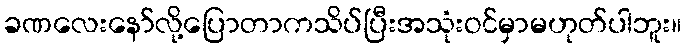
ခဏလေးနော်လို့ပြောတာကသိပ်ပြီးအသုံးဝင်မှာမဟုတ်ပါဘူး။